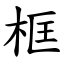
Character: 框